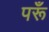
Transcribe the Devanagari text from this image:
परूँ